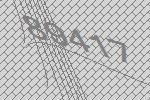
89417